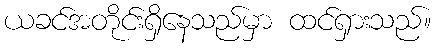
ယခင်အတိုင်းရှိနေသည်မှာ ထင်ရှားသည်။